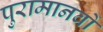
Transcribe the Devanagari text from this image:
पुरामानवों